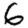
Digit: 6